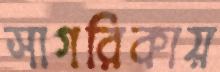
সাগরিকায়